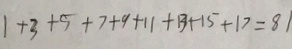
1 + 3 + 5 + 7 + 9 + 1 1 + 1 3 + 1 5 + 1 7 = 8 1